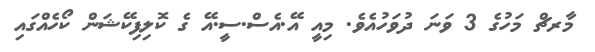
މާރޗް މަހުގެ 3 ވަނަ ދުވަހުއެވެ. މިއީ އޭ.އެސް.ސީ.އޭ ގެ ކޮލިފިކޭޝަން ކޯހެއްގައި